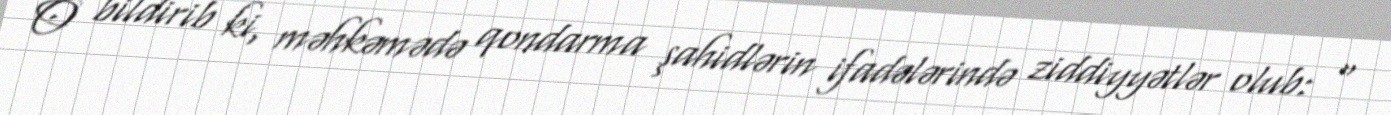
O bildirib ki, məhkəmədə qondarma şahidlərin ifadələrində ziddiyyətlər olub: “